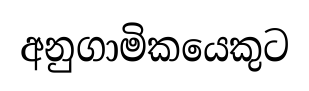
අනුගාමිකයෙකුට